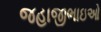
જહાજીભાઇઓ